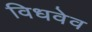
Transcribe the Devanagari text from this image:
विधवेव